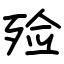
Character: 殓